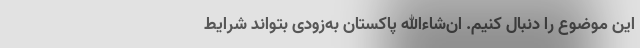
این موضوع را دنبال کنیم. ان‌شاءالله پاکستان به‌زودی بتواند شرایط